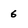
Character: 6